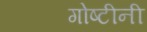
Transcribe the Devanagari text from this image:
गोष्टीनी